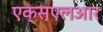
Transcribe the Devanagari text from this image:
एक्सएलआर